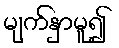
မျက်နှာမူ၍